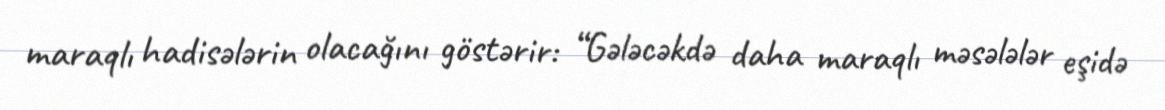
maraqlı hadisələrin olacağını göstərir: “Gələcəkdə daha maraqlı məsələlər eşidə